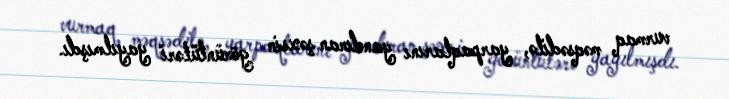
vurmaq məqsədilə, yarpaqlarını yandıran şəxsin görüntüləri yayılmışdı.